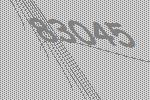
83045